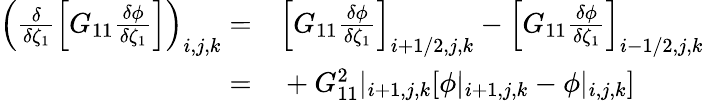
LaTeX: \begin{array}{rl}{\left(\frac{\delta}{\delta\zeta_{1}}\left[G_{11}\frac{\delta\phi}{\delta\zeta_{1}}\right]\right)_{i,j,k}=}&{{}\left[G_{11}\frac{\delta\phi}{\delta\zeta_{1}}\right]_{i+1/2,j,k}-\left[G_{11}\frac{\delta\phi}{\delta\zeta_{1}}\right]_{i-1/2,j,k}}\\ {=}&{{}+G_{11}^{2}|_{i+1,j,k}[\phi|_{i+1,j,k}-\phi|_{i,j,k}]}\end{array}